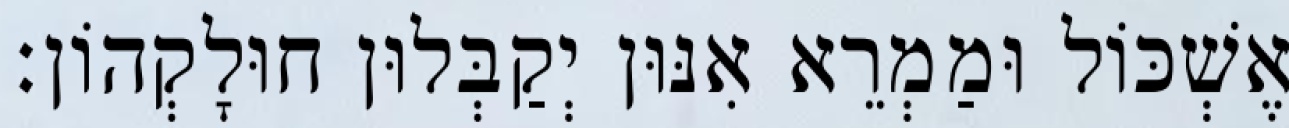
אֶשְׁכּוֹל וּמַמְרֵא אִנּוּן יְקַבְּלוּן חוּלָקְהוֹן׃